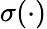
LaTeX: \sigma(\cdot)